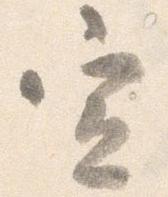
宣